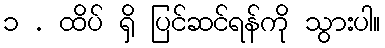
၁ . ထိပ် ရှိ ပြင်ဆင်ရန်ကို သွားပါ။